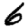
Digit: 6